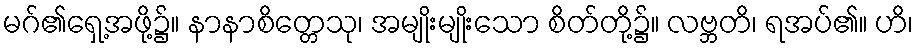
မဂ်၏ရှေ့အဖို့၌။ နာနာစိတ္တေသု၊ အမျိုးမျိုးသော စိတ်တို့၌။ လဗ္ဘတိ၊ ရအပ်၏။ ဟိ၊